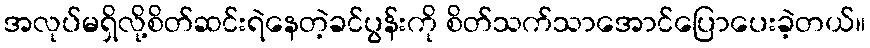
အလုပ်မရှိလို့စိတ်ဆင်းရဲနေတဲ့ခင်ပွန်းကို စိတ်သက်သာအောင်ပြောပေးခဲ့တယ်။